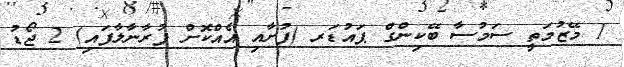
1 މޭޒުމަތީ ސަމުސާ ބޭކިންގް ޕައުޑަރ (ފުށާއި އެއްކޮށް ފުރާނާލާފައި) 2 ޖޯޑު